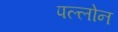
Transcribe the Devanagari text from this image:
पल्लोन